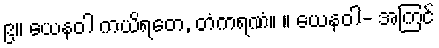
၉။ ယေနဝါ ကယိရတေ, တံကရဏံ။ ။ ယေနဝါ- အကြင်